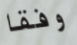
وفقا